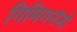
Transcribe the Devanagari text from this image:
गिमिगनॅनो